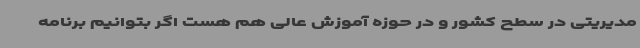
مدیریتی در سطح کشور و در حوزه آموزش عالی هم هست اگر بتوانیم برنامه